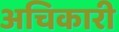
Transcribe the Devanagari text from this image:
अचिकारी